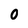
Character: 0